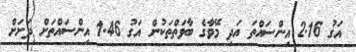
އަގު 2.16 އިންސައްތަ އަދި މޭވާގެ ބާވަތްތަކުން އަގު 1.46 އިންސައްތަށް ދަށަށް